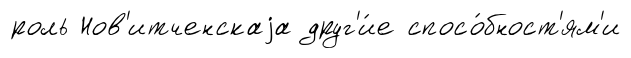
роль Нов'итченскаjа друг'и́е спосо́бност'ям'и